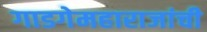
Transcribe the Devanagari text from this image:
गाडगेमहाराजांची